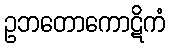
ဥဘတောကောဋိကံ